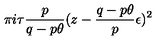
\pi i \tau \frac { p } { q - p \theta } ( z - \frac { q - p \theta } { p } \epsilon ) ^ { 2 }